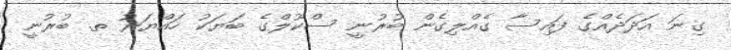
ގިނަ އަދަދެއްގެ ފައިސާ ގެއްލިގެން ބުރުނީ ސްކޫލްގެ ބަޔަކު ހައްޔަރު ތ. ބުރުނީ